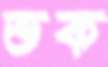
ভক